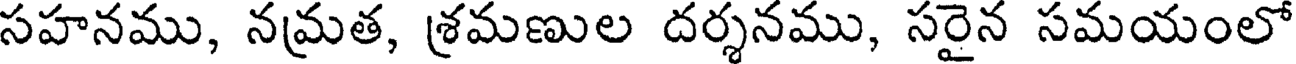
సహనము, నమ్రత, శ్రమణుల దర్శనము, సరైన సమయంలో